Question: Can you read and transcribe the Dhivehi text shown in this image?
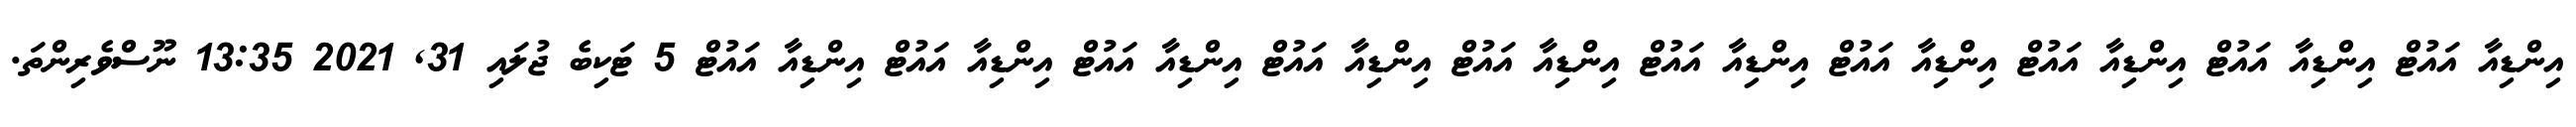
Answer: އިންޑިއާ އައުޓް އިންޑިއާ އައުޓް އިންޑިއާ އައުޓް އިންޑިއާ އައުޓް އިންޑިއާ އައުޓް އިންޑިއާ އައުޓް އިންޑިއާ އައުޓް އިންޑިއާ އައުޓް އިންޑިއާ އައުޓް އިންޑިއާ އައުޓް 5 ޓަކިބެ ޖުލައި 31, 2021 13:35 ނޫސްވެރިންތަ.